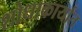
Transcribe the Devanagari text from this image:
शोधाकार्यात